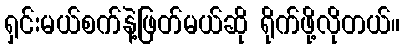
ရှင်းမယ်စက်နဲ့ဖြတ်မယ်ဆို ရိုက်ဖို့လိုတယ်။